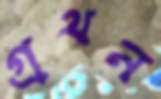
গ্রথন